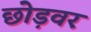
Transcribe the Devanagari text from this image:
छोड़वर